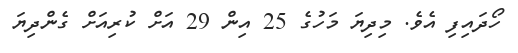
ހޯދައިފި އެވެ. މިދިޔަ މަހުގެ 25 އިން 29 އަށް ކުރިއަށް ގެންދިޔަ